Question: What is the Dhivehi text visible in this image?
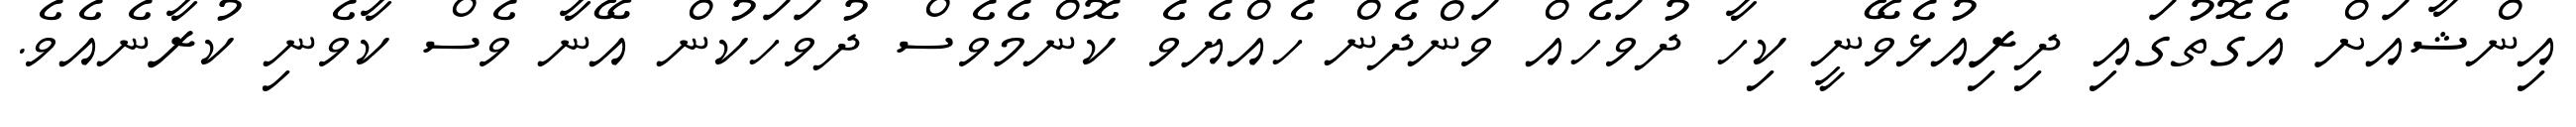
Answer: އިންޝާއަށް އެގޮތުގައި ދިރިއުޅެވޭނީ ކިހާ ދުވަހެއް ވަންދެން ހެއްޔެވެ ކޮންމެވެސް ދުވަހަކުން އޭނާ ވެސް ކާވެނި ކުރާނެއެވެ.